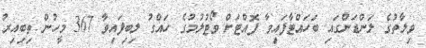
ވިލާތުގެ ލަންޑަންގައި ބަހައްޓާފައިވާ ފޮއްޓަށް ވޯޓުލުމުގެ ހައްގު ލިބިފައިވާ 367 މީހުން ތިބިއިރު